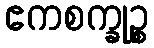
ဧကစက္ခုဉ္စ